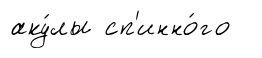
аку́лы сп'инно́го